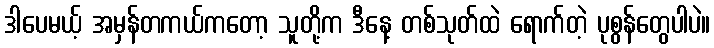
ဒါပေမယ့် အမှန်တကယ်ကတော့ သူတို့က ဒီနေ့ တစ်သုတ်ထဲ ရောက်တဲ့ ပုစွန်တွေပါပဲ။